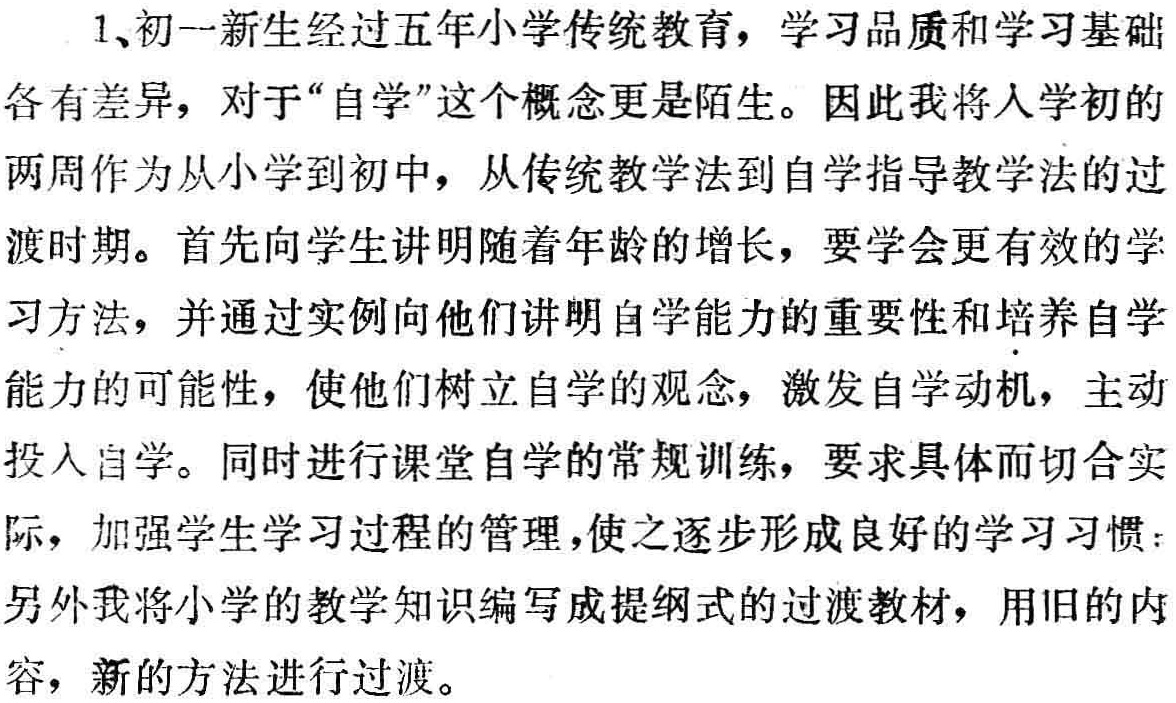
1、初一新生经过五年小学传统教育，学习品质和学习基础
各有差异，对于“自学”这个概念更是陌生。因此我将入学初的
两周作为从小学到初中，从传统教学法到自学指导教学法的过
渡时期。首先向学生讲明随着年龄的增长，要学会更有效的学
习方法，并通过实例向他们讲明自学能力的重要性和培养自学
能力的可能性，使他们树立自学的观念，激发自学动机，主动
投入自学。同时进行课堂自学的常规训练，要求具体而切合实
际，加强学生学习过程的管理，使之逐步形成良好的学习习惯：
另外我将小学的教学知识编写成提纲式的过渡教材，用旧的内
容，新的方法进行过渡。